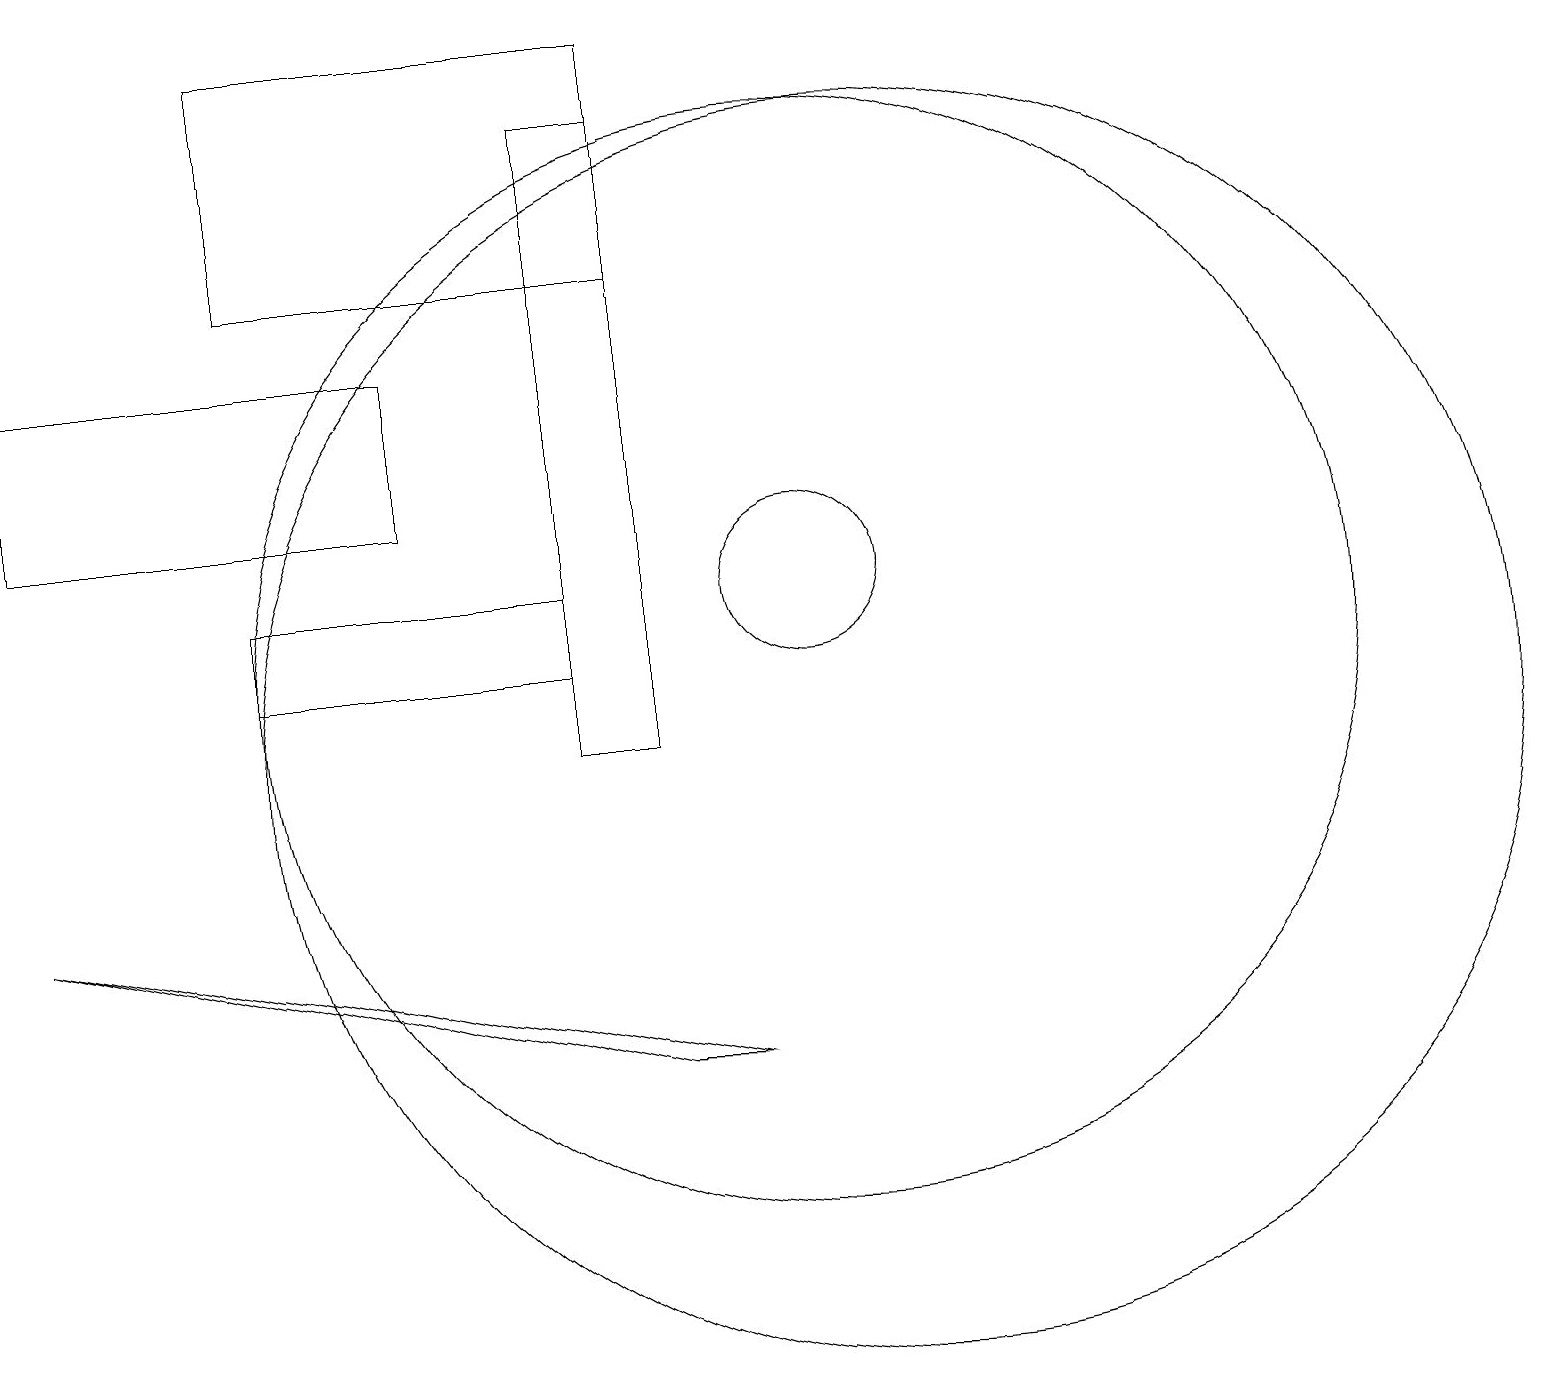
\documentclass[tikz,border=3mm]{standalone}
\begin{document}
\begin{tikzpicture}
\draw (3,11) rectangle (7,12);
\draw (10,12) circle (1);
\draw (0,13) rectangle (5,15);
\draw (11,10) circle (8);
\draw (8,6) -- (0,8) -- (9,6) -- cycle;
\draw (10,11) circle (7);
\draw (8,16) rectangle (3,19);
\draw (7,18) rectangle (8,10);
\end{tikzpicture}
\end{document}